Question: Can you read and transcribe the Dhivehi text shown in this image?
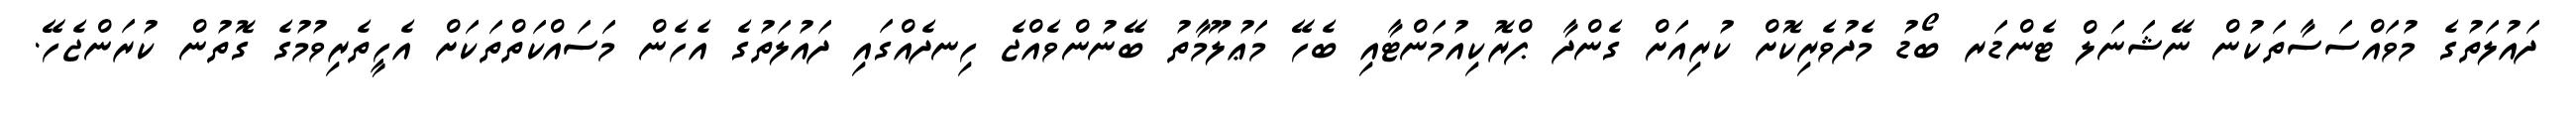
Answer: ދައުލަތުގެ މުވައްސަސާތަކުން ނޭޝަނަލް ޓެންޑަރ ބޯޑު މެދުވެރިކޮށް ކުރިއަށް ގެންދާ ޕްރޮކިއުމަންޓާއި ބެހޭ މަޢުލޫމާތު ބޭނުންވެއްޖެ ހިނދެއްގައި ދައުލަތުގެ އެހެން މަސައްކަތްތަކަށް އެހީތެރިވުމުގެ ގޮތުން ކުރަންޖެހޭ.